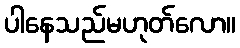
ပါနေသည်မဟုတ်လော။